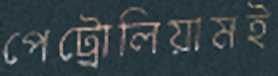
পেট্রোলিয়ামই